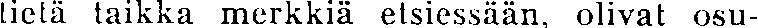
tietä taikka merkkiä etsiessään, olivat osu-